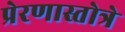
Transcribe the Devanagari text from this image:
प्रेरणास्तोत्रे